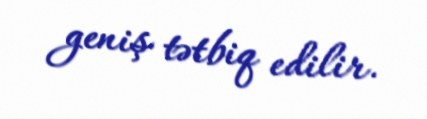
geniş tətbiq edilir.